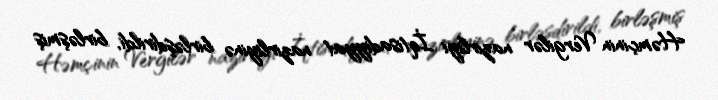
Həmçinin Vergilər nazirliyi İqtisadiyyat nazirliyinə birləşdirildi, birləşmiş